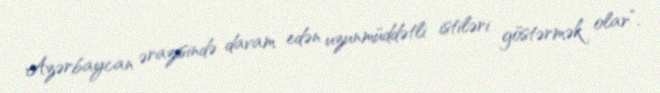
Azərbaycan ərazisində davam edən uzunmüddətli istiləri göstərmək olar”.